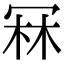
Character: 冧